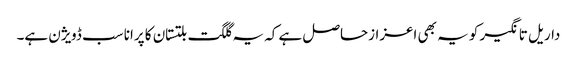
داریل تانگیر کو یہ بھی اعزازحاصل ہے کہ یہ گلگت بلتستان کا پرانا سب ڈویژن ہے۔